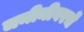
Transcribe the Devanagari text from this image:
जमीनीवरचे